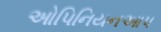
ઓપિનિયનઆપ